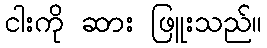
ငါးကို ဆား ဖြူးသည်။